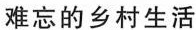
难忘的乡村生活乡村